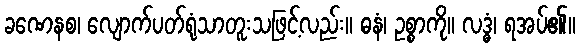
ခဏေနစ၊ လျောက်ပတ်ရုံသာတူးသဖြင့်လည်း။ ဓနံ၊ ဥစ္စာကို။ လဒ္ဓံ၊ ရအပ်၏။